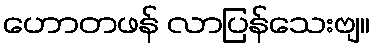
ဟောတဖန် လာပြန်သေးဗျ။